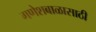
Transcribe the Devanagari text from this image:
गणेशबाळासाठी